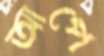
আপে